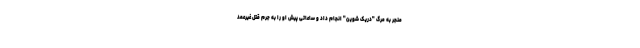
منجر به مرگ "دریک شوین" انجام داد و ساعاتی پیش او را به جرم قتل غیرعمد